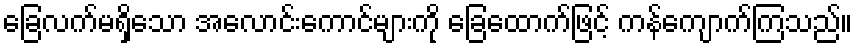
ခြေလက်မရှိသော အလောင်းကောင်များကို ခြေထောက်ဖြင့် ကန်ကျောက်ကြသည်။